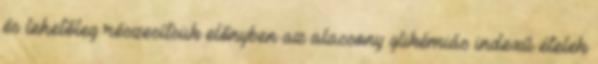
és lehetőleg részesítsük előnyben az alacsony glikémiás indexű ételek